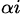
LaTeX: _{\alpha i}